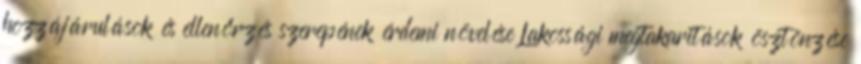
hozzájárulások és ellenőrzés szerepének érdemi növelése Lakossági megtakaritások ösztönzése